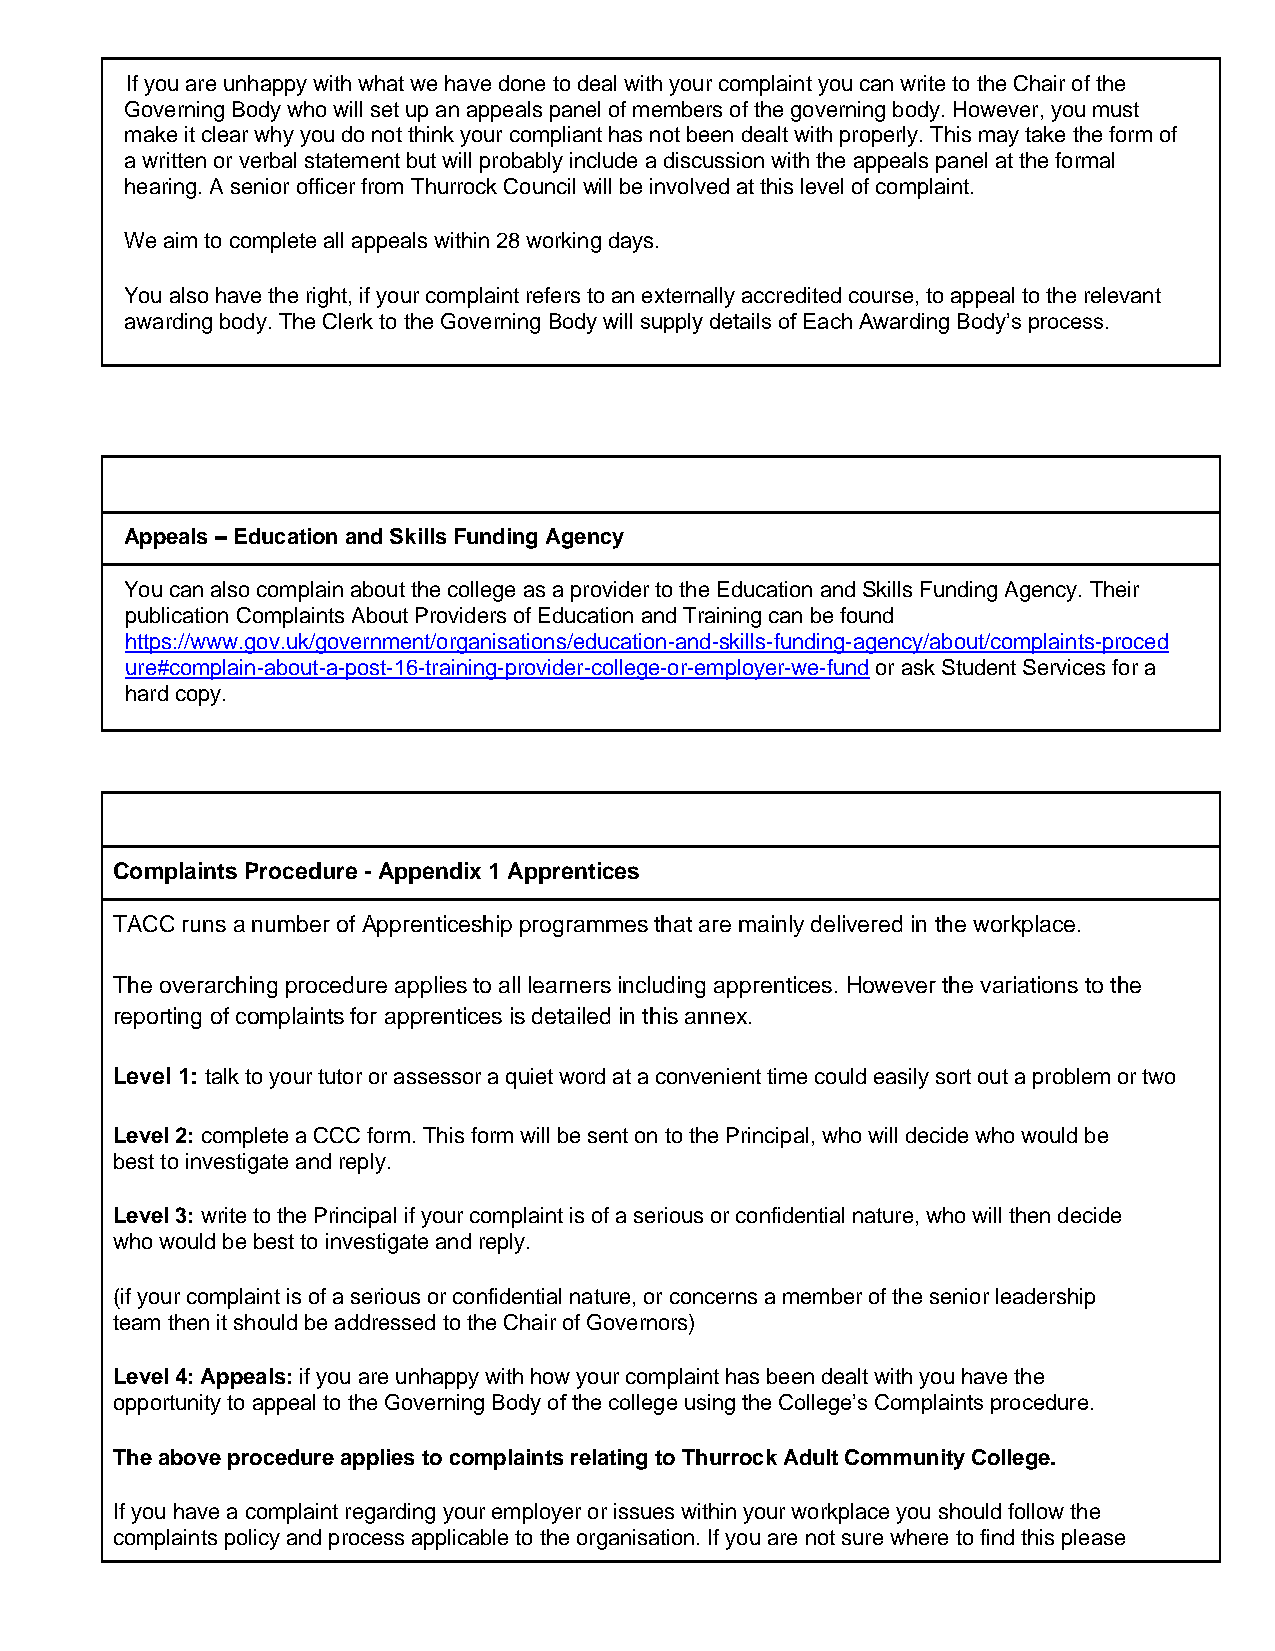
If you are unhappy with what we have done to deal with your complaint you can write to the Chair of the
 Governing Body who will set up an appeals panel of members of the governing body. However, you must
 make it clear why you do not think your compliant has not been dealt with properly. This may take the form of
 a written or verbal statement but will probably include a discussion with the appeals panel at the formal
 hearing. A senior officer from Thurrock Council will be involved at this level of complaint.
 We aim to complete all appeals within 28 working days.
 You also have the right, if your complaint refers to an externally accredited course, to appeal to the relevant
 awarding body. The Clerk to the Governing Body will supply details of Each Awarding Body’s process.
 Appeals – Education and Skills Funding Agency
 You can also complain about the college as a provider to the Education and Skills Funding Agency. Their
 publication Complaints About Providers of Education and Training can be found
 https://www.gov.uk/government/organisations/education-and-skills-funding-agency/about/complaints-proced
 ure#complain-about-a-post-16-training-provider-college-or-employer-we-fund or ask Student Services for a
 hard copy.
 Complaints Procedure - Appendix 1 Apprentices
 TACC runs a number of Apprenticeship programmes that are mainly delivered in the workplace.
 The overarching procedure applies to all learners including apprentices. However the variations to the
 reporting of complaints for apprentices is detailed in this annex.
 Level 1: talk to your tutor or assessor a quiet word at a convenient time could easily sort out a problem or two
 Level 2: complete a CCC form. This form will be sent on to the Principal, who will decide who would be
 best to investigate and reply.
 Level 3: write to the Principal if your complaint is of a serious or confidential nature, who will then decide
 who would be best to investigate and reply.
 (if your complaint is of a serious or confidential nature, or concerns a member of the senior leadership
 team then it should be addressed to the Chair of Governors)
 Level 4: Appeals: if you are unhappy with how your complaint has been dealt with you have the
 opportunity to appeal to the Governing Body of the college using the College’s Complaints procedure.
 The above procedure applies to complaints relating to Thurrock Adult Community College.
 If you have a complaint regarding your employer or issues within your workplace you should follow the
 complaints policy and process applicable to the organisation. If you are not sure where to find this please